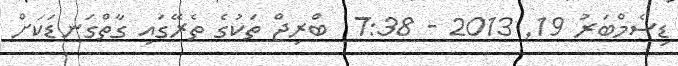
ޑިސެމްބަރު 19